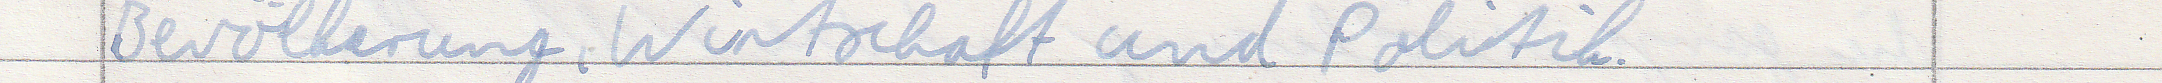
Bevölkerung, Wirtschaft und Politik